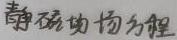
静磁场方程